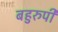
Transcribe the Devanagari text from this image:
बहुरुपी